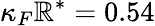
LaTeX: \kappa_{F}\mathbb{R}^{*}=0.54